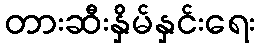
တားဆီးနှိမ်နှင်းရေး